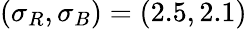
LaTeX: (\sigma_{R},\sigma_{B})=(2.5,2.1)